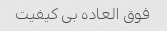
فوق العاده بی کیفیت